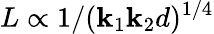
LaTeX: L\propto1/(\mathbf{k}_{1}\mathbf{k}_{2}d)^{1/4}